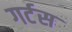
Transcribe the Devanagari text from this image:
गर्टस